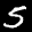
Label: 5